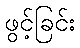
ဖွင့်ခြင်း